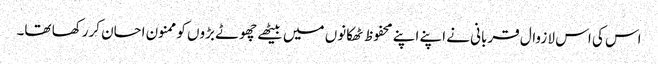
اس کی اس لا زوال قربانی نے اپنے اپنے محفوظ ٹھکانوں میں بیٹھے چھوٹے بڑوں کو ممنون احسان کررکھا تھا۔